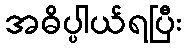
အဓိပ္ပါယ်ရပြီး